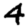
Digit: 4